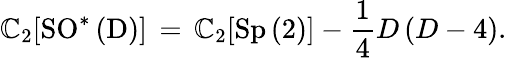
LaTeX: \mathbb{C}_{2}[\mathrm{{SO^{\ast}\left(D\right)}}]\, =\, \mathbb{C}_{2}[\mathrm{{Sp\left(2\right)}}]-\frac{{1}}{{4}}D\left(D-4\right).